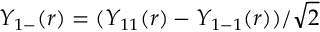
Y _ { 1 - } ( r ) = ( Y _ { 1 1 } ( r ) - Y _ { 1 - 1 } ( r ) ) / \sqrt { 2 }